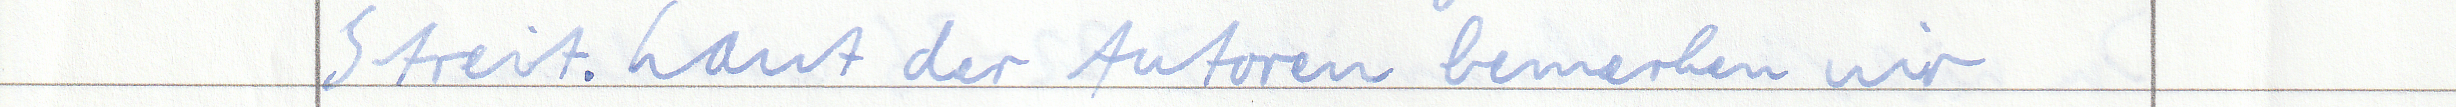
Streit. Laut der Autoren bemerken wir